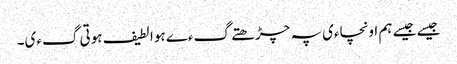
جیسے جیسے ہم اونچاءی پہ چڑھتے گءے ہوا لطیف ہوتی گءی۔